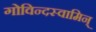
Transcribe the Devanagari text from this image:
गोविन्दस्वामिन्